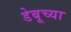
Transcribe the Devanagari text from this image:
डेबूच्या